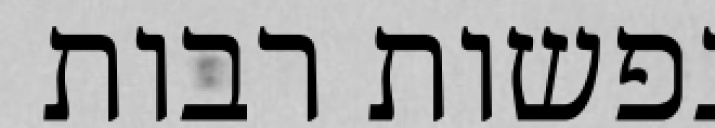
נפשות רבות